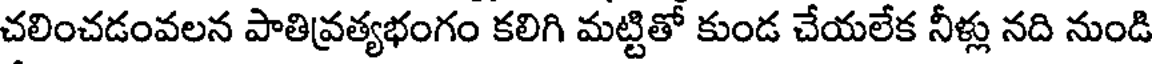
చలించడంవలన పాతివ్రత్యభంగం కలిగి మట్టితో కుండ చేయలేక నీళ్లు నది నుండి